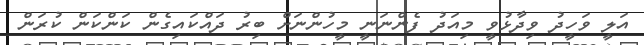
އަލީ ވަހީދު ވިދާޅުވީ މިއަދު ފެންނަނީ މީހުންނަށް ބިރު ދައްކައިގެން ކަންކަން ކުރަން